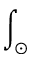
\int _ { \odot }